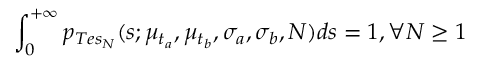
\int _ { 0 } ^ { + \infty } p _ { T e s _ { N } } ( s ; \mu _ { t _ { a } } , \mu _ { t _ { b } } , \sigma _ { a } , \sigma _ { b } , N ) d s = 1 , \forall N \ge 1